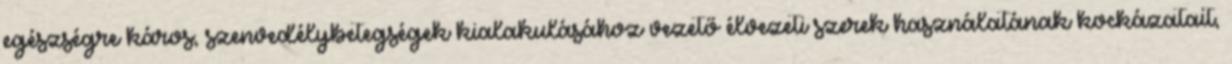
egészségre káros, szenvedélybetegségek kialakulásához vezető élvezeti szerek használatának kockázatait,